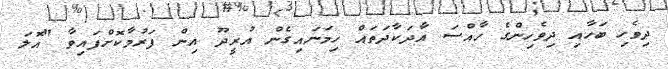
ދިވެހި ބަހާއި ދިވެހިންގެ ހާއްސަ އާދަކާދަތައް ހިމަނައިގެން އުރީދޫ އިން ފަރުމާކޮށްފައިވާ "އޮލަ